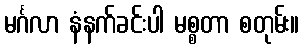
မင်္ဂလာ နံနက်ခင်းပါ မစ္စတာ စတုမ်း။